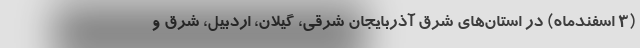
(۳ اسفندماه) در استان‌های شرق آذربایجان شرقی، گیلان، اردبیل، شرق و